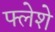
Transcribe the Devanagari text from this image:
फ्लेशे